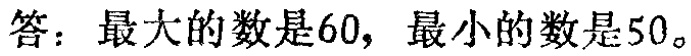
答：最大的数是60，最小的数是50。